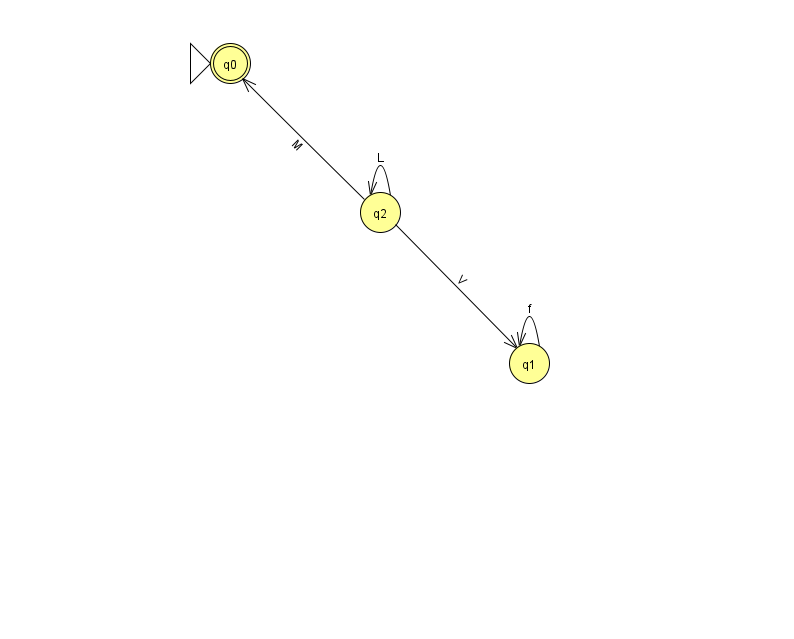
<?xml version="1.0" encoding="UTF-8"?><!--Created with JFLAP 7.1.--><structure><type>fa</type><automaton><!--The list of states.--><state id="0" name="q0"><x>230.0</x><y>50.0</y><initial/><final/></state><state id="1" name="q1"><x>529.0</x><y>350.0</y></state><state id="2" name="q2"><x>380.0</x><y>199.0</y></state><!--The list of transitions.--><transition><from>1</from><to>1</to><read>f</read></transition><transition><from>2</from><to>0</to><read>M</read></transition><transition><from>2</from><to>1</to><read>V</read></transition><transition><from>2</from><to>2</to><read>L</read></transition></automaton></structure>